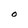
Character: O